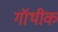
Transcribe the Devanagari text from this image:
गॉथीक